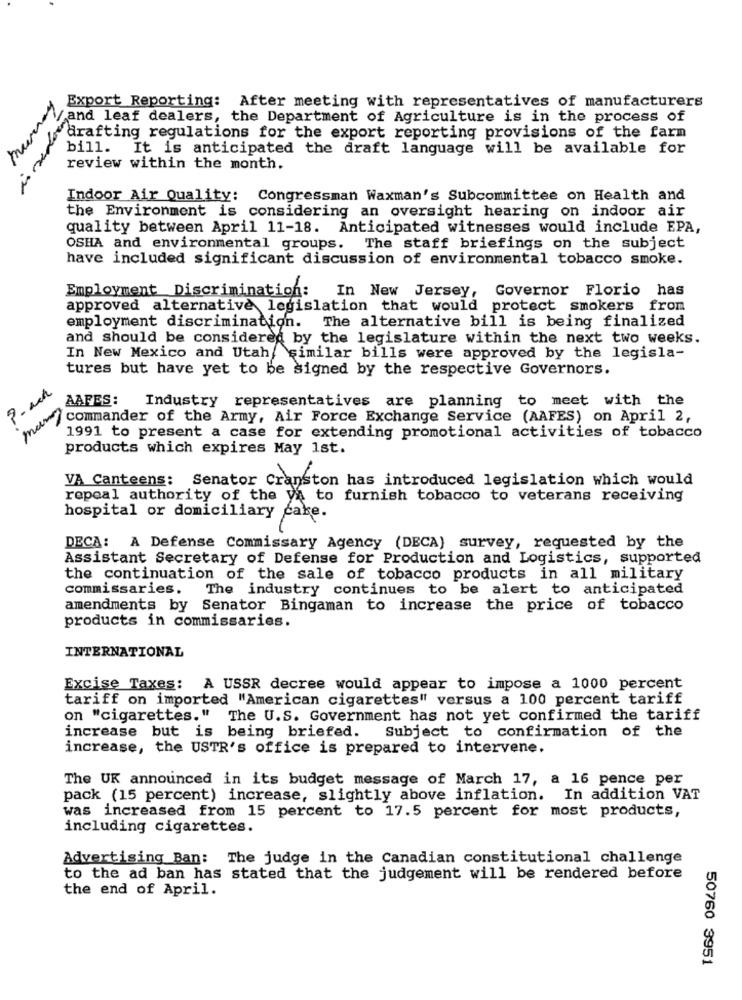
murray
Export Reporting: After meeting with representatives of manufacturers
/and leaf dealers, the Department of Agriculture is in the process of
drafting regulations for the export reporting provisions of the farm
bill. It is anticipated the draft language will be available for
review within the month.
Indoor Air Quality: Congressman Waxman's Subcommittee on Health and
the Environment is considering an oversight hearing on indoor air
quality between April 11-18. Anticipated witnesses would include EPA,
OSHA and environmental groups. The staff briefings on the subject
have included significant discussion of environmental tobacco smoke.
Employment Discrimination:
In New Jersey, Governor Florio has
approved alternative legislation that would protect smokers from
employment discrimination.
The alternative bill is being finalized
and should be considered by the legislature within the next two weeks.
In New Mexico and Utah, similar bills were approved by the legisla-
tures but have yet to be signed by the respective Governors.
AAFES: Industry representatives are planning to meet with the
commander of the Army, Air Force Exchange Service (AAFES) on April 2,
1991 to present a case for extending promotional activities of tobacco
products which expires May 1st.
VA Canteens: Senator Cranston has introduced legislation which would
repeal authority of the y'a to furnish tobacco to veterans receiving
hospital or domiciliary cake.
DECA: A Defense Commissary Agency (DECA) survey, requested by the
Assistant Secretary of Defense for Production and Logistics, supported
the continuation of the sale of tobacco products in all military
commissaries. The industry continues to be alert to anticipated
amendments by Senator Bingaman to increase the price of tobacco
products in commissaries.
INTERNATIONAL
Excise Taxes: A USSR decree would appear to impose a 1000 percent
tariff on imported "American cigarettes" versus a 100 percent tariff
on "cigarettes, "
The U.S. Government has not yet confirmed the tariff
increase but is being briefed.
Subject to confirmation of the
increase, the USTR's office is prepared to intervene.
The UK announced in its budget message of March 17, a 16 pence per
pack (15 percent) increase, slightly above inflation. In addition VAT
was increased from 15 percent to 17.5 percent for most products,
including cigarettes.
Advertising Ban: The judge in the Canadian constitutional challenge
to the ad ban has stated that the judgement will be rendered before
the end of April.
50760 3951